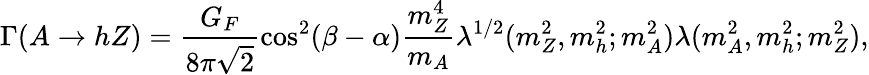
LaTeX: \Gamma(A\rightarrow hZ)=\frac{G_{F}}{8\pi\sqrt 2}\cos^{2}(\beta-\alpha)\frac{m_{Z}^{4}}{m_{A}}\lambda^{1/2}(m_{Z}^{2},m_{h}^{2};m_{A}^{2})\lambda(m_{A}^{2},m_{h}^{2};m_{Z}^{2}),